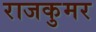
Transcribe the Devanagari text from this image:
राजकुमर